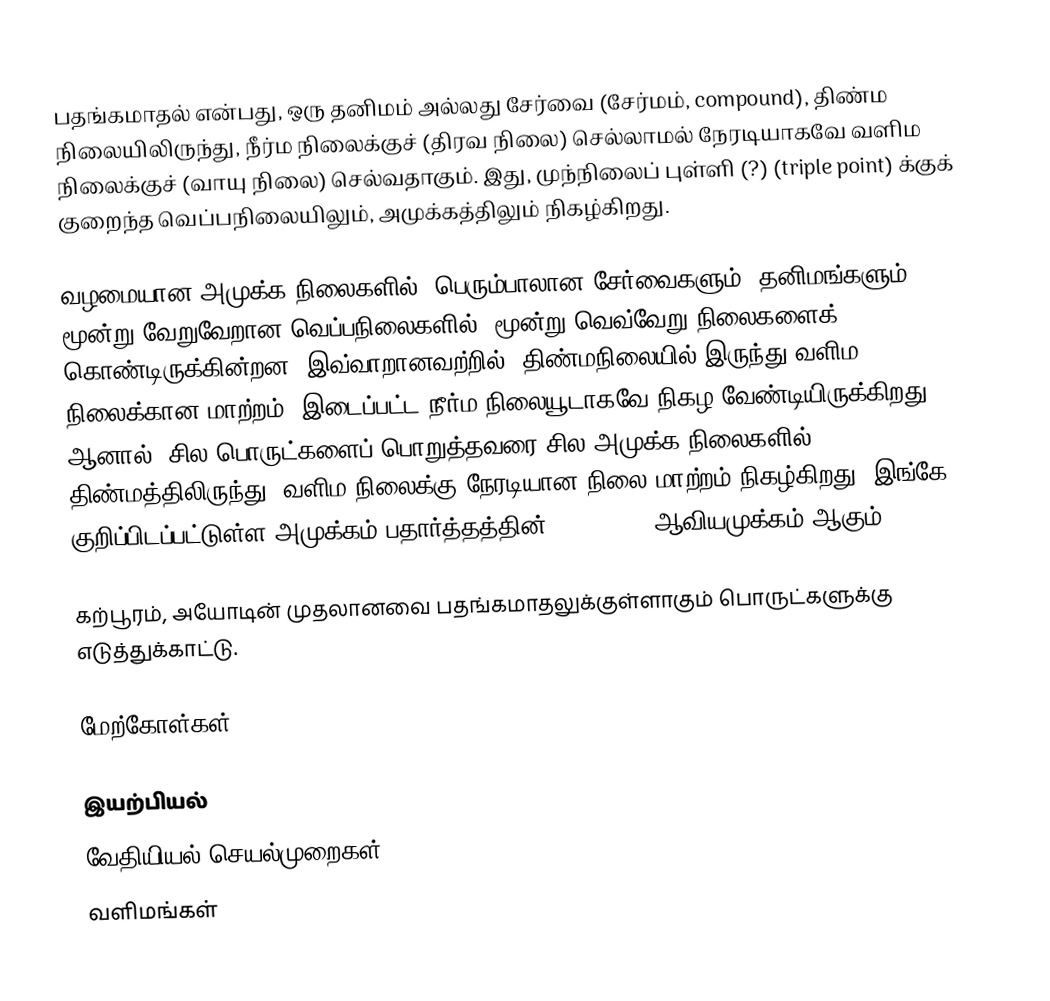
பதங்கமாதல் என்பது, ஒரு தனிமம் அல்லது சேர்வை (சேர்மம், compound), திண்ம நிலையிலிருந்து, நீர்ம நிலைக்குச் (திரவ நிலை) செல்லாமல் நேரடியாகவே வளிம நிலைக்குச் (வாயு நிலை) செல்வதாகும். இது, முந்நிலைப் புள்ளி (?) (triple point) க்குக் குறைந்த வெப்பநிலையிலும், அமுக்கத்திலும் நிகழ்கிறது.

வழமையான அமுக்க நிலைகளில், பெரும்பாலான சேர்வைகளும், தனிமங்களும் மூன்று வேறுவேறான வெப்பநிலைகளில், மூன்று வெவ்வேறு நிலைகளைக் கொண்டிருக்கின்றன. இவ்வாறானவற்றில், திண்மநிலையில் இருந்து வளிம நிலைக்கான மாற்றம், இடைப்பட்ட நீர்ம நிலையூடாகவே நிகழ வேண்டியிருக்கிறது. ஆனால், சில பொருட்களைப் பொறுத்தவரை சில அமுக்க நிலைகளில், திண்மத்திலிருந்து, வளிம நிலைக்கு நேரடியான நிலை மாற்றம் நிகழ்கிறது. இங்கே குறிப்பிடப்பட்டுள்ள அமுக்கம் பதார்த்தத்தின் (substance)ஆவியமுக்கம் ஆகும்.

கற்பூரம், அயோடின் முதலானவை பதங்கமாதலுக்குள்ளாகும் பொருட்களுக்கு எடுத்துக்காட்டு.

மேற்கோள்கள்

இயற்பியல்
வேதியியல் செயல்முறைகள்
வளிமங்கள்